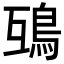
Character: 𩿍